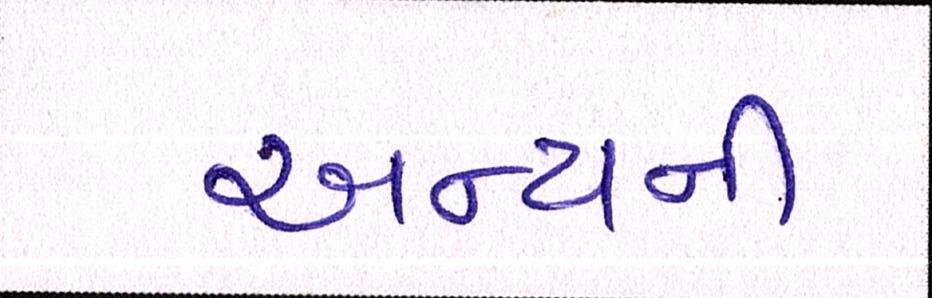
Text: અન્યની